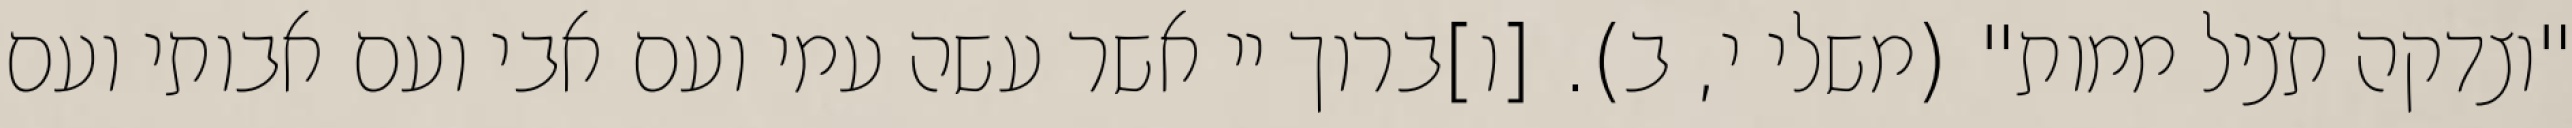
"וצדקה תציל ממות" (משלי י, ב). [ו]ברוך יי אשר עשה עמי ועם אבי ועם אבותי ועם